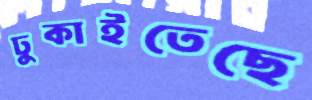
ঢুকাইতেছে